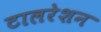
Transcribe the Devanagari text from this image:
टालरेशन